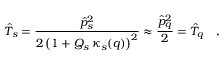
\hat { T } _ { s } = \frac { \hat { p } _ { s } ^ { 2 } } { 2 \left( 1 + Q _ { s } \, \kappa _ { s } ( q ) \right) ^ { 2 } } \approx \frac { \hat { p } _ { q } ^ { 2 } } { 2 } = \hat { T } _ { q } \quad ,